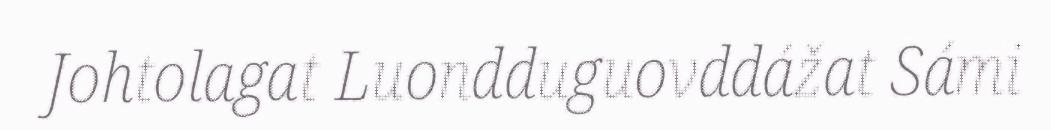
Johtolagat Luondduguovddážat Sámi